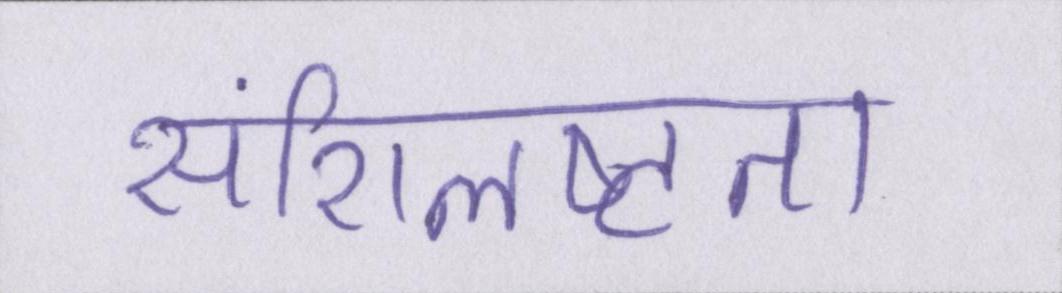
संशिलष्टता